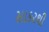
સાકરથી